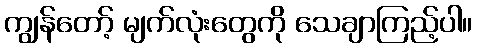
ကျွန်တော့် မျက်လုံးတွေကို သေချာကြည့်ပါ။